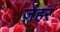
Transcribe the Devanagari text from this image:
ज़ेहर